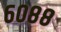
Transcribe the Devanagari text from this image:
६०८८